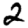
Digit: 2